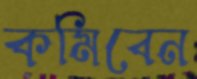
কমিবেন